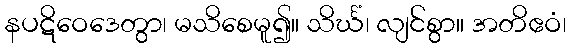
နပဋိဝေဒေတွာ၊ မသိစေမူ၍။ သိင်္ဃံ၊ လျင်စွာ။ အတိဧဝံ၊